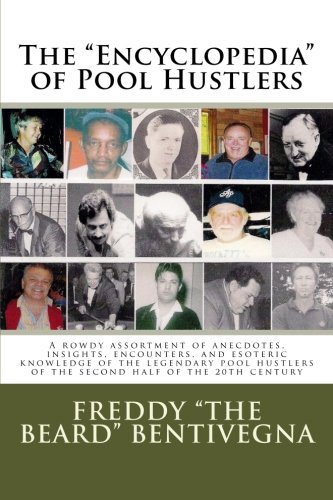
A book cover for The "Encyclopedia" of Pool Hustlers: A rowdy assortment of anecdotes, insights, encounters, and esoteric knowledge of the legendary pool hustlers of the second half of the 20th century; mr Freddy The Beard Bentivegna; Sports & Outdoors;